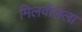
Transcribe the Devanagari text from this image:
मिलवॉलला